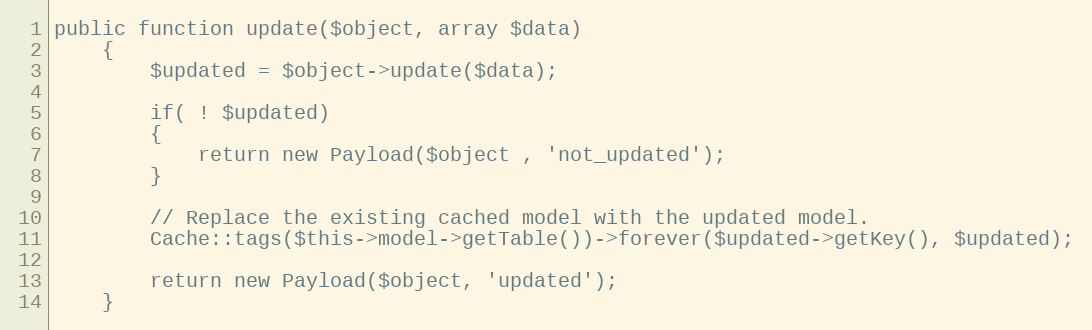
Language: PHP
public function update($object, array $data)
	{
		$updated = $object->update($data);

		if( ! $updated)
		{
			return new Payload($object , 'not_updated');
		}

		// Replace the existing cached model with the updated model.
		Cache::tags($this->model->getTable())->forever($updated->getKey(), $updated);

		return new Payload($object, 'updated');
	}